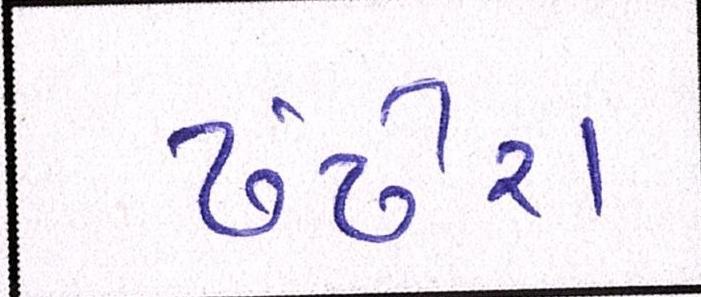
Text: ઢંઢેરા